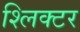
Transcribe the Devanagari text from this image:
श्लिक्टर